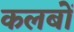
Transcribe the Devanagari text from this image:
कलबों